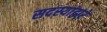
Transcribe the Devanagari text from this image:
सदस्यांद्वारे